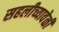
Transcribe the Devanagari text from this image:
सहलीच्यावेळी